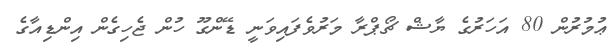
ޢުމުރުން 80 އަހަރުގެ ޔާޝް ޗޯޕްރާ މަރުވެފައިވަނީ ޑޭންގޫ ހުން ޖެހިގެން އިންޑިއާގެ